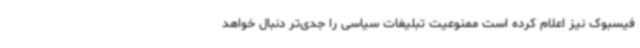
فیسبوک نیز اعلام کرده است ممنوعیت تبلیغات سیاسی را جدی‌تر دنبال خواهد